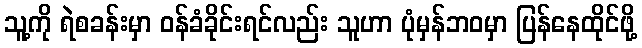
သူ့ကို ရဲစခန်းမှာ ဝန်ခံခိုင်းရင်လည်း သူဟာ ပုံမှန်ဘဝမှာ ပြန်နေထိုင်ဖို့